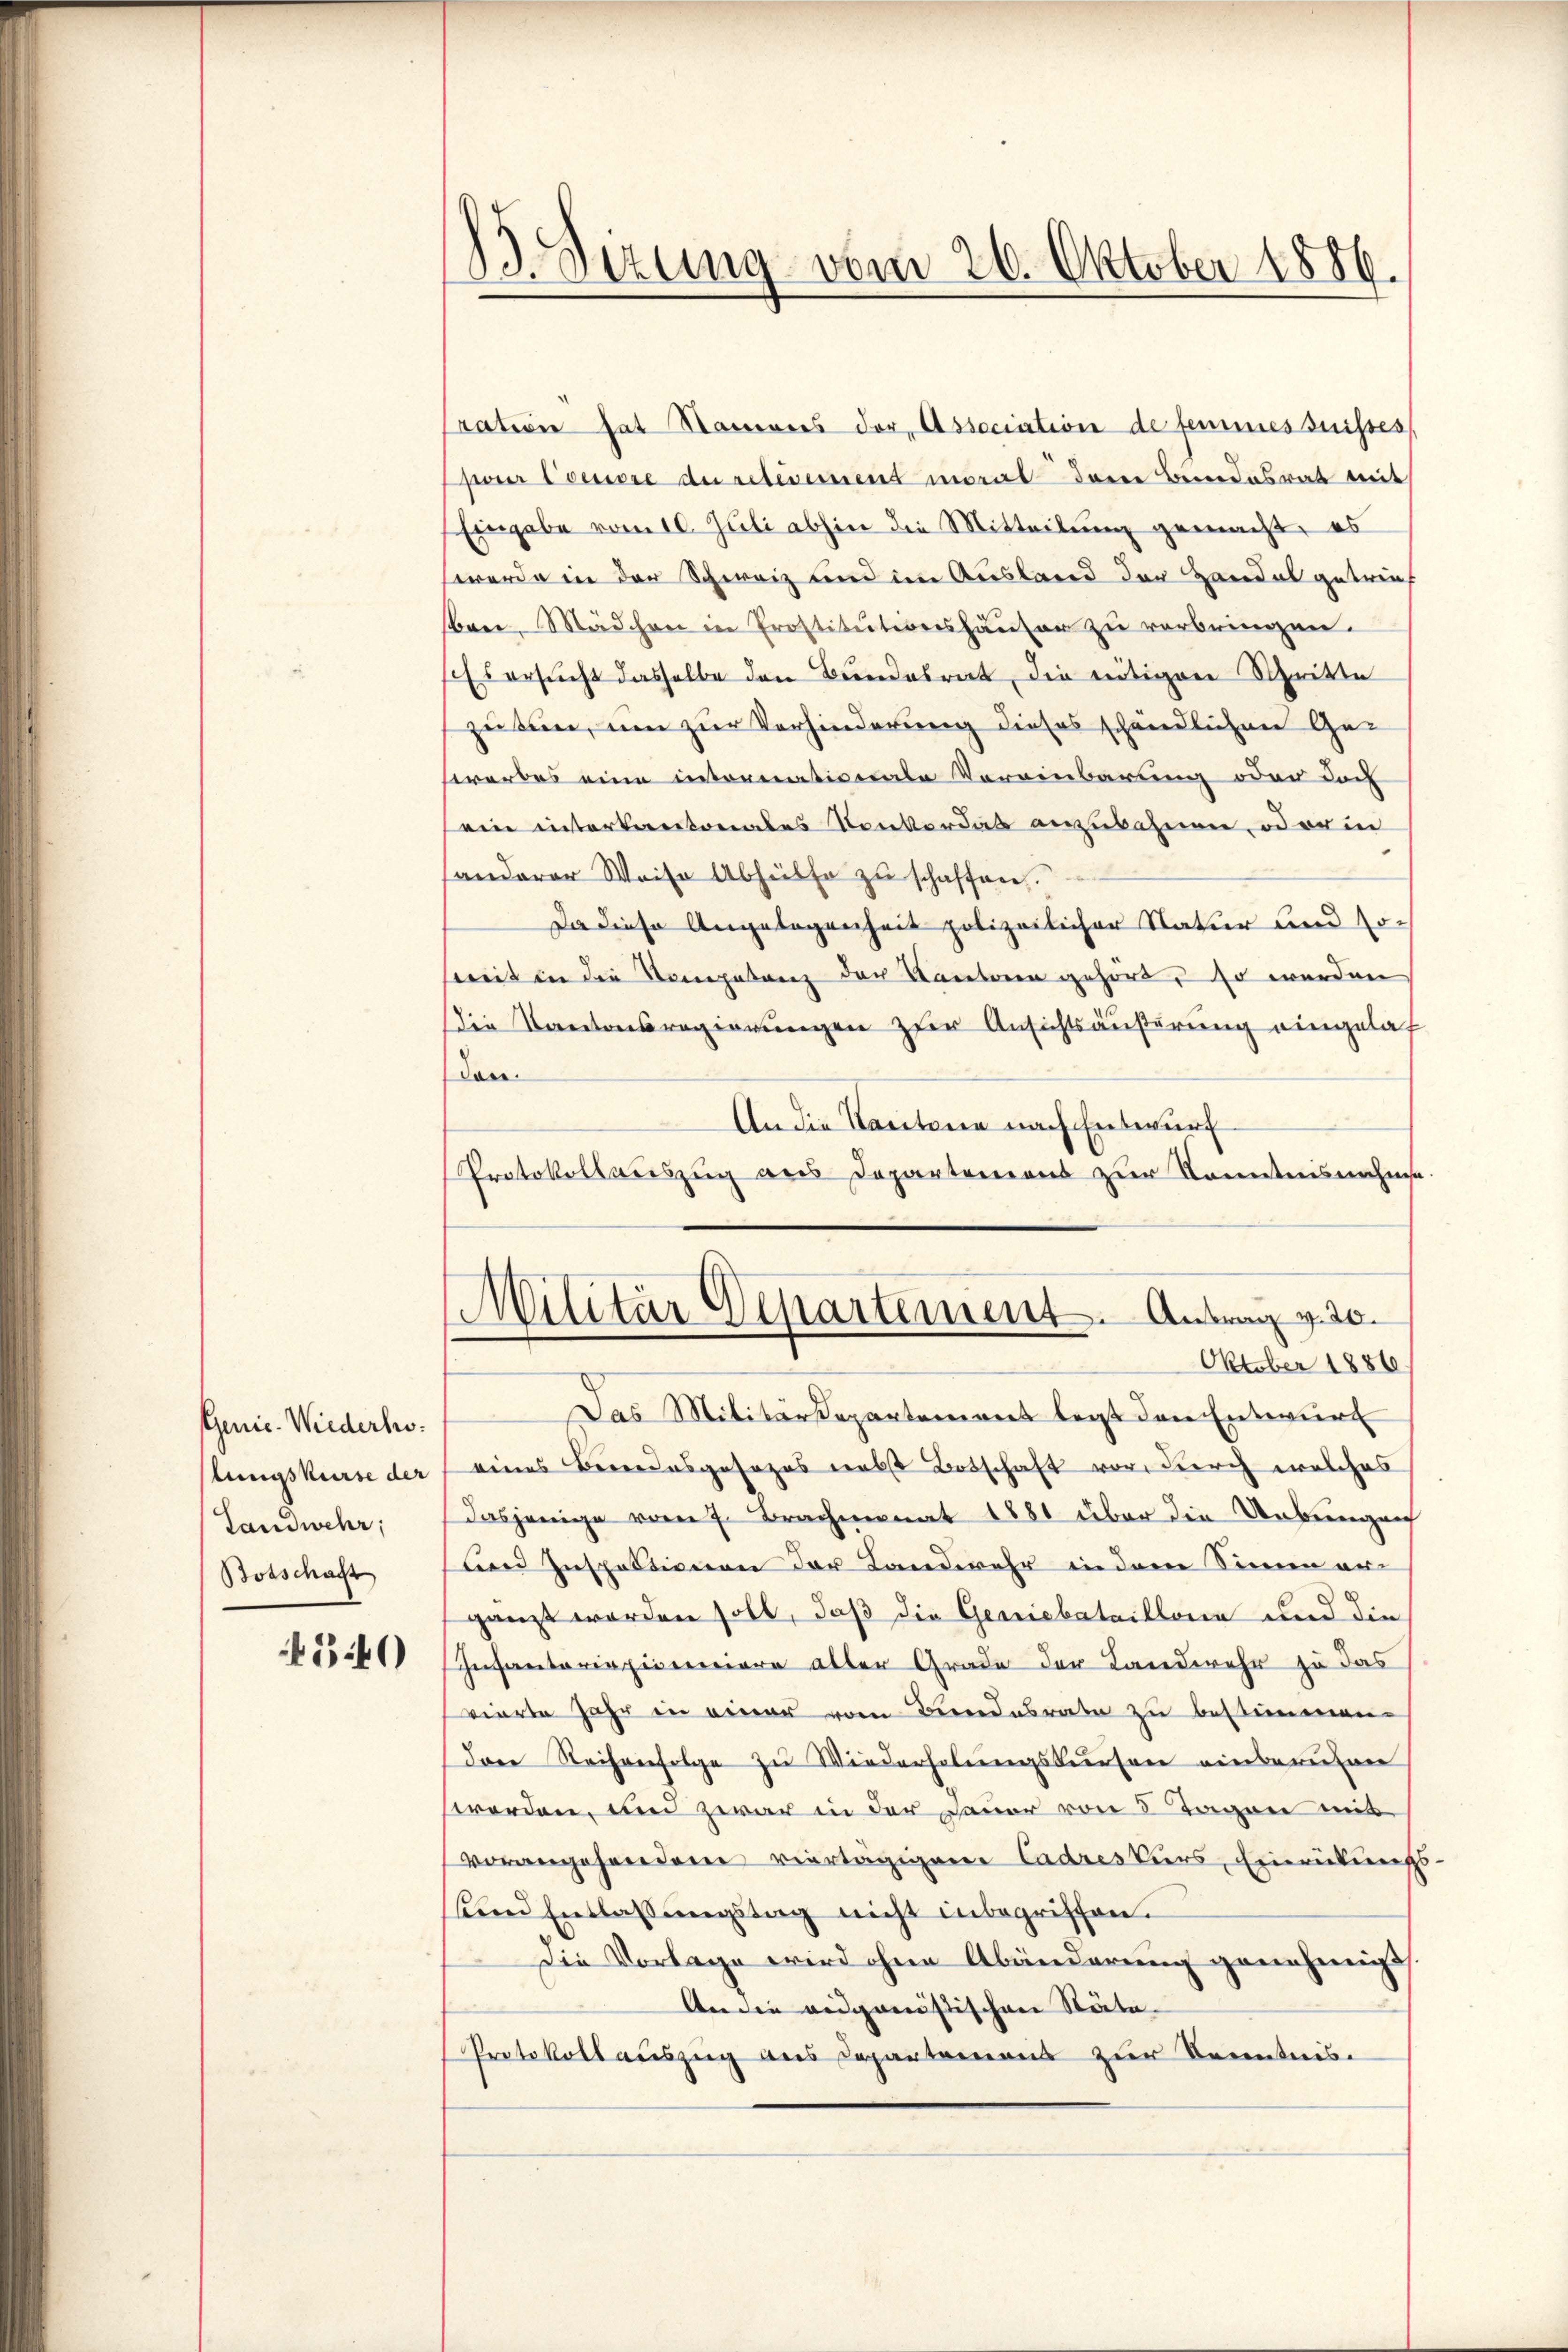
Genie. Wiederholungskurse der
Landwehr;
Botschaft

540

13. Sizung vom 26. Oktober 1886.

ration hat Namens der, Association de feines suisses
per Concore du reterement moral dann Bundesrat mit
Eingabe vom 10. Juli abhin die Mitteilung gemacht, es
werde in der Schweiz und im Ausland der Handel getrief
ben Mädchen in Prostitutionshäuser zu verbringen.
Es ersucht dasselbe den Bundesrat, die nötigen Schritte
zusen, um zur Verhinderung dieses schändlichen Ge-
sirerbes eine internationale Vereinbarung oder doch
ein interkantonales Konkordat anzubahnen, oder in
anderer Weise Abhülfe zu schaffen.
Da diese Angelegenheit polizeilicher Natur und Joweit in die Vorgetanz der Kantonen gehört, so werden
die Kantonsregierungen zur Ansichtsäußerung eingelas
den.
An die Kantone nach Entwurf
Protokollauszug aus Departemens zur Kenntnisnahme
Militär Departement. Antrag v. 20.
Oktober 1886.
Das Militärdepartement legt den Entwurf
eines Bereidesgesezes nebst Botschaft vor, durch welches
dasjenige vom 7. Brachmonat 1881 über die Uebernigen
und Inspektionen der Landwehr in dem Sinen an
gänzt worden soll, daß die Geniebataillona und die
Infanteriepicenciere aller Grade der Landwehr zu das
vierte Jahr in einer vom Berendesrate zu bestimmen.
da Reihenfolge zu Wiederholungskursen einberuhen
worden, um zwar in der Dauer von 8 Tagen mit
vorangehendene viertägigene Cadreskurs, Einrückungs
und Entlassungstag nicht inbegriffen.
Die Vorlage wird ohne Abänderung genehmigt
An die vidganistischen Stäte
Protokoll auszug aus Departemens zur Kenntnis.